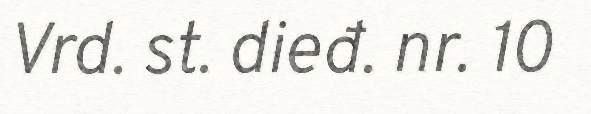
Vrd. st. dieđ. nr. 10